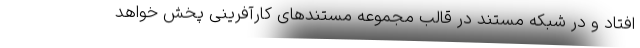
افتاد و در شبکه مستند در قالب مجموعه مستندهای کارآفرینی پخش خواهد